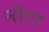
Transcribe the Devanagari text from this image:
नॊटा